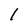
Character: 1